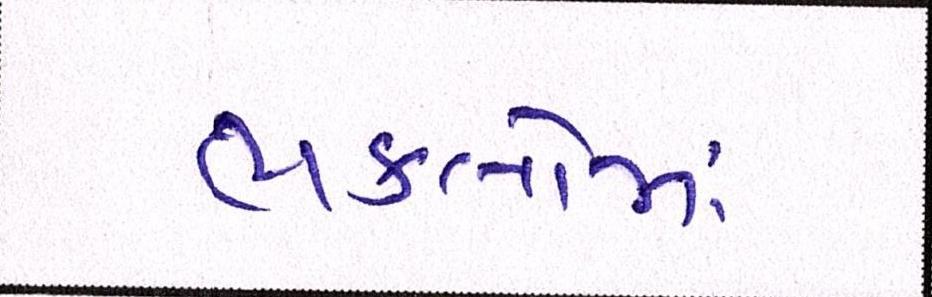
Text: ભકતોમાં